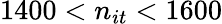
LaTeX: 1400<n_{it}<1600